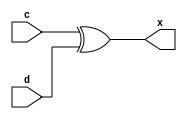
module single1 (c, d, x);
input c, d;
output x;
assign x = c ^ d;

endmodule